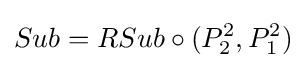
Sub=RSub\circ (P_{2}^{2},P_{1}^{2})